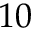
1 0